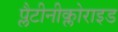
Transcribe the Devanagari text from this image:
प्लैटीनीक्लोराइड